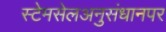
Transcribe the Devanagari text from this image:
स्टेमसेलअनुसंधानपर